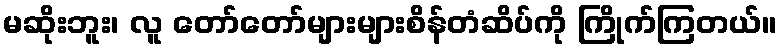
မဆိုးဘူး၊ လူ တော်တော်များများစိန်တံဆိပ်ကို ကြိုက်ကြတယ်။